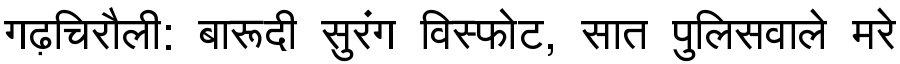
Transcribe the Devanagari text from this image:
गढ़चिरौली: बारूदी सुरंग विस्फोट, सात पुलिसवाले मरे